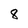
Character: 8